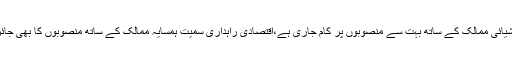
، وسط ایشیائی ممالک کے ساتھ بہت سے منصوبوں پر کام جاری ہے،اقتصادی راہداری سمیت ہمسایہ ممالک کے ساتھ منصوبوں کا بھی جائزہ لیا گیا۔